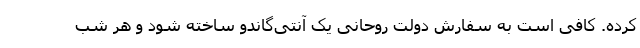
کرده. کافی است به سفارش دولت روحانی یک آنتی‌گاندو ساخته شود و هر شب